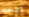
ليست